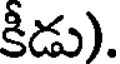
కీడు).